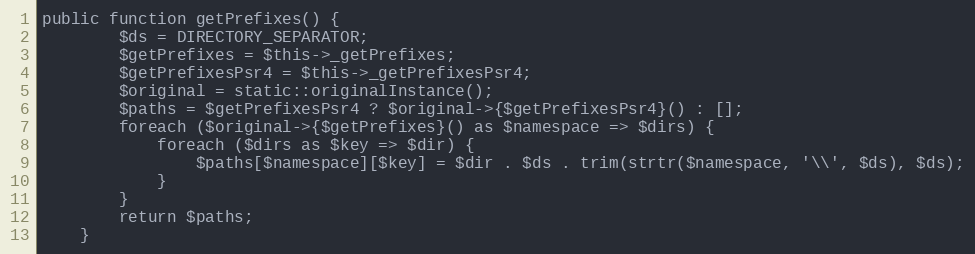
Language: PHP
public function getPrefixes() {
        $ds = DIRECTORY_SEPARATOR;
        $getPrefixes = $this->_getPrefixes;
        $getPrefixesPsr4 = $this->_getPrefixesPsr4;
        $original = static::originalInstance();
        $paths = $getPrefixesPsr4 ? $original->{$getPrefixesPsr4}() : [];
        foreach ($original->{$getPrefixes}() as $namespace => $dirs) {
            foreach ($dirs as $key => $dir) {
                $paths[$namespace][$key] = $dir . $ds . trim(strtr($namespace, '\\', $ds), $ds);
            }
        }
        return $paths;
    }